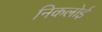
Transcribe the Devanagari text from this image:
निकलोई